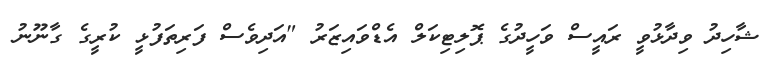
ޝާހިދު ވިދާޅުވީ ރައީސް ވަހީދުގެ ޕޮލިޓިކަލް އެޑްވައިޒަރު "އަދިވެސް ފަރިތަފުޅީ ކުރީގެ ގާނޫނު